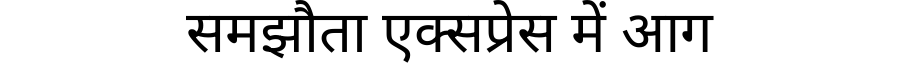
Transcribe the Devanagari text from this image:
समझौता एक्सप्रेस में आग